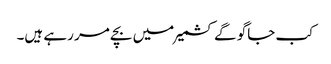
کب جاگو گے کشمیر میں بچے مر رہے ہیں۔